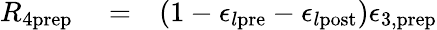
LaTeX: \begin{array}{rlr}{R_{4\mathrm{prep}}}&{{}=}&{(1-\epsilon_{l\mathrm{pre}}-\epsilon_{l\mathrm{post}})\epsilon_{3,\mathrm{prep}}}\end{array}